Report of the Indian Hemp Drugs Commission, 1894-1895 - Volume III
Year: 1894
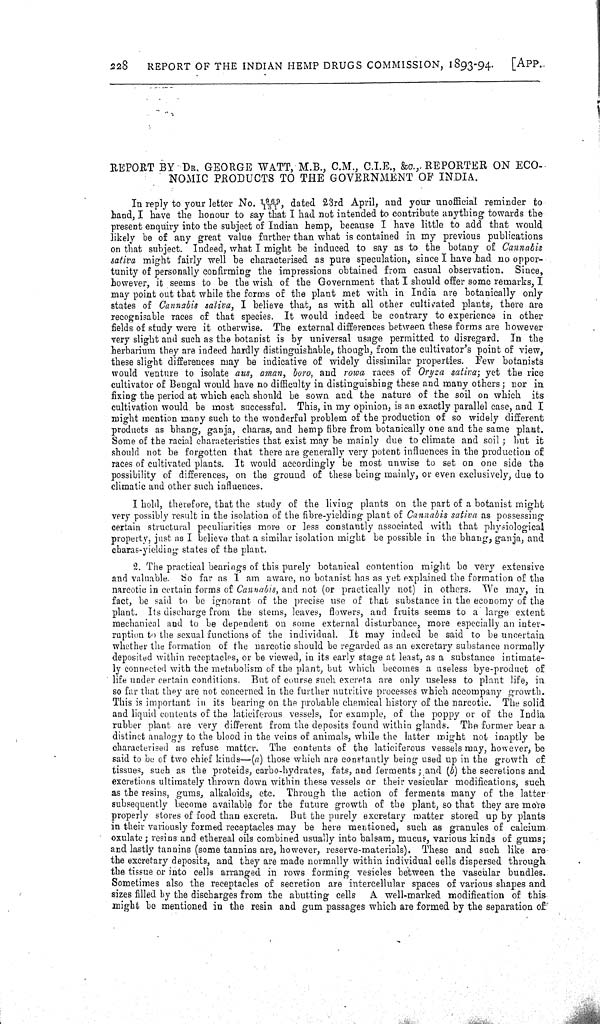
228
REPORT OF THE INDIAN HEMP DRUGS COMMISSION, 1893-94.
[APP.
REPORT BY DR. GEORGE WATT, M.B., C.M., C.I.E., &c., REPORTER ON ECO-
NOMIC PRODUCTS TO THE GOVERNMENT OF INDIA.
In reply to your letter No. 1969/181, dated 23rd April, and your unofficial reminder to
hand, I have the honour to say that I had not intended to contribute anything towards the
present enquiry into the subject of Indian hemp, because I have little to add that would
likely be of any great value further than what is contained in my previous publications
on that subject. Indeed, what I might be induced to say as to the botany of Cannabis
sativa might fairly well be characterised as pure speculation, since I have had no oppor-
tunity of personally confirming the impressions obtained from casual observation. Since,
however, it seems to be the wish of the Government that I should offer some remarks, I
may point out that while the forms of the plant met with in India are botanically only
states of Cannabis sativa, I believe that, as with all other cultivated plants, there are
recognisable races of that species. It would indeed be contrary to experience in other
fields of study were it otherwise. The external differences between these forms are however
very slight and such as the botanist is by universal usage permitted to disregard. In the
herbarium they are indeed hardly distinguishable, though, from the cultivator's point of view,
these slight differences may be indicative of widely dissimilar properties. Few botanists
would venture to isolate aus, aman, boro, and rowa races of Oryza sativa; yet the rice
cultivator of Bengal would have no difficulty in distinguishing these and many others; nor in
fixing the period at which each should be sown and the nature of the soil on which its
cultivation would be most successful. This, in my opinion, is an exactly parallel case, and I
might mention many such to the wonderful problem of the production of so widely different
products as bhang, ganja, charas, and hemp fibre from botanically one and the same plant.
Some of the racial characteristics that exist may be mainly due to climate and soil; but it
should not be forgotten that there are generally very potent influences in the production of
races of cultivated plants. It would accordingly be most unwise to set on one side the
possibility of differences, on the ground of these being mainly, or even exclusively, due to
climatic and other such influences.
I hold, therefore, that the study of the living plants on the part of a botanist might
very possibly result in the isolation of the fibre-yielding plant of Cannabis sativa as possessing
certain structural peculiarities more or less constantly associated with that physiological
property, just as I believe that a similar isolation might be possible in the bhang, ganja, and
charas-yielding states of the plant.
2. The practical bearings of this purely botanical contention might be very extensive
and valuable. So far as I am aware, no botanist has as yet explained the formation of the
narcotic in certain forms of Cannabis, and not (or practically not) in others. We may, in
fact, be said to be ignorant of the precise use of that substance in the economy of the
plant. Its discharge from the stems, leaves, flowers, and fruits seems to a large extent
mechanical and to be dependent on some external disturbance, more especially an inter-
ruption to the sexual functions of the individual. It may indeed be said to be uncertain
whether the formation of the narcotic should be regarded as an excretary substance normally
deposited within receptacles, or be viewed, in its early stage at least, as a substance intimate-
ly connected with the metabolism of the plant, but which becomes a useless bye-product of
life under certain conditions. But of course such excreta are only useless to plant life, in
so far that they are not concerned in the further nutritive processes which accompany growth.
This is important in its bearing on the probable chemical history of the narcotic. The solid
and liquid contents of the laticiferous vessels, for example, of the poppy or of the India
rubber plant are very different from the deposits found within glands. The former bear a
distinct analogy to the blood in the veins of animals, while the latter might not inaptly be
characterised as refuse matter. The contents of the laticiferous vessels may, however, be
said to be of two chief kinds-(a) those which are constantly being used up in the growth of
tissues, such as the proteids, carbo-hydrates, fats, and ferments; and (b) the secretions and
excretions ultimately thrown down within these vessels or their vesicular modifications, such
as the resins, gums, alkaloids, etc. Through the action of ferments many of the latter
subsequently become available for the future growth of the plant, so that they are more
properly stores of food than excreta. But the purely excretary matter stored up by plants
in their variously formed receptacles may be here mentioned, such as granules of calcium
oxulate; resins and ethereal oils combined usually into balsam, mucus, various kinds of gums;
and lastly tannins (some tannins are, however, reserve-materials). These and such like are
the excretary deposits, and they are made normally within individual cells dispersed through
the tissue or into cells arranged in rows forming vesicles between the vascular bundles.
Sometimes also the receptacles of secretion are intercellular spaces of various shapes and
sizes filled by the discharges from the abutting cells A well-marked modification of this
might be mentioned in the resin and gum passages which are formed by the separation of